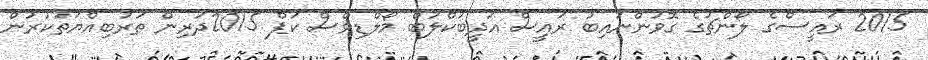
2015 ރައީސްގެ ލޯންޗުގެ ގޮވުންނައިބު ރައީސް އަދީބުކްލަބް މޯލްޑިވްސް ކަޕް 2015ދަރިން ތަރުބިއްޔަތުކުރުން